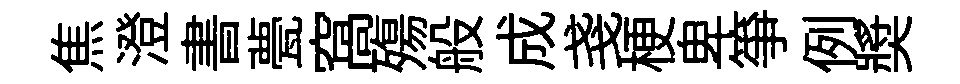
焦澄書甍窩殤般成戔梗卑筝例奬